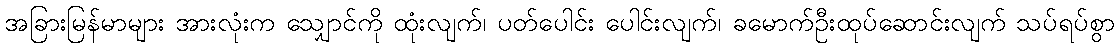
အခြားမြန်မာများ အားလုံးက သျှောင်ကို ထုံးလျက်၊ ပတ်ပေါင်း ပေါင်းလျက်၊ ခမောက်ဦးထုပ်ဆောင်းလျက် သပ်ရပ်စွာ